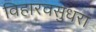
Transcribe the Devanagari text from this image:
विहारवसुंधरा